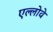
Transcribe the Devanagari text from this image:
एल्लोवे